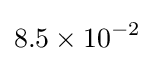
8.5\times 10^{-2}